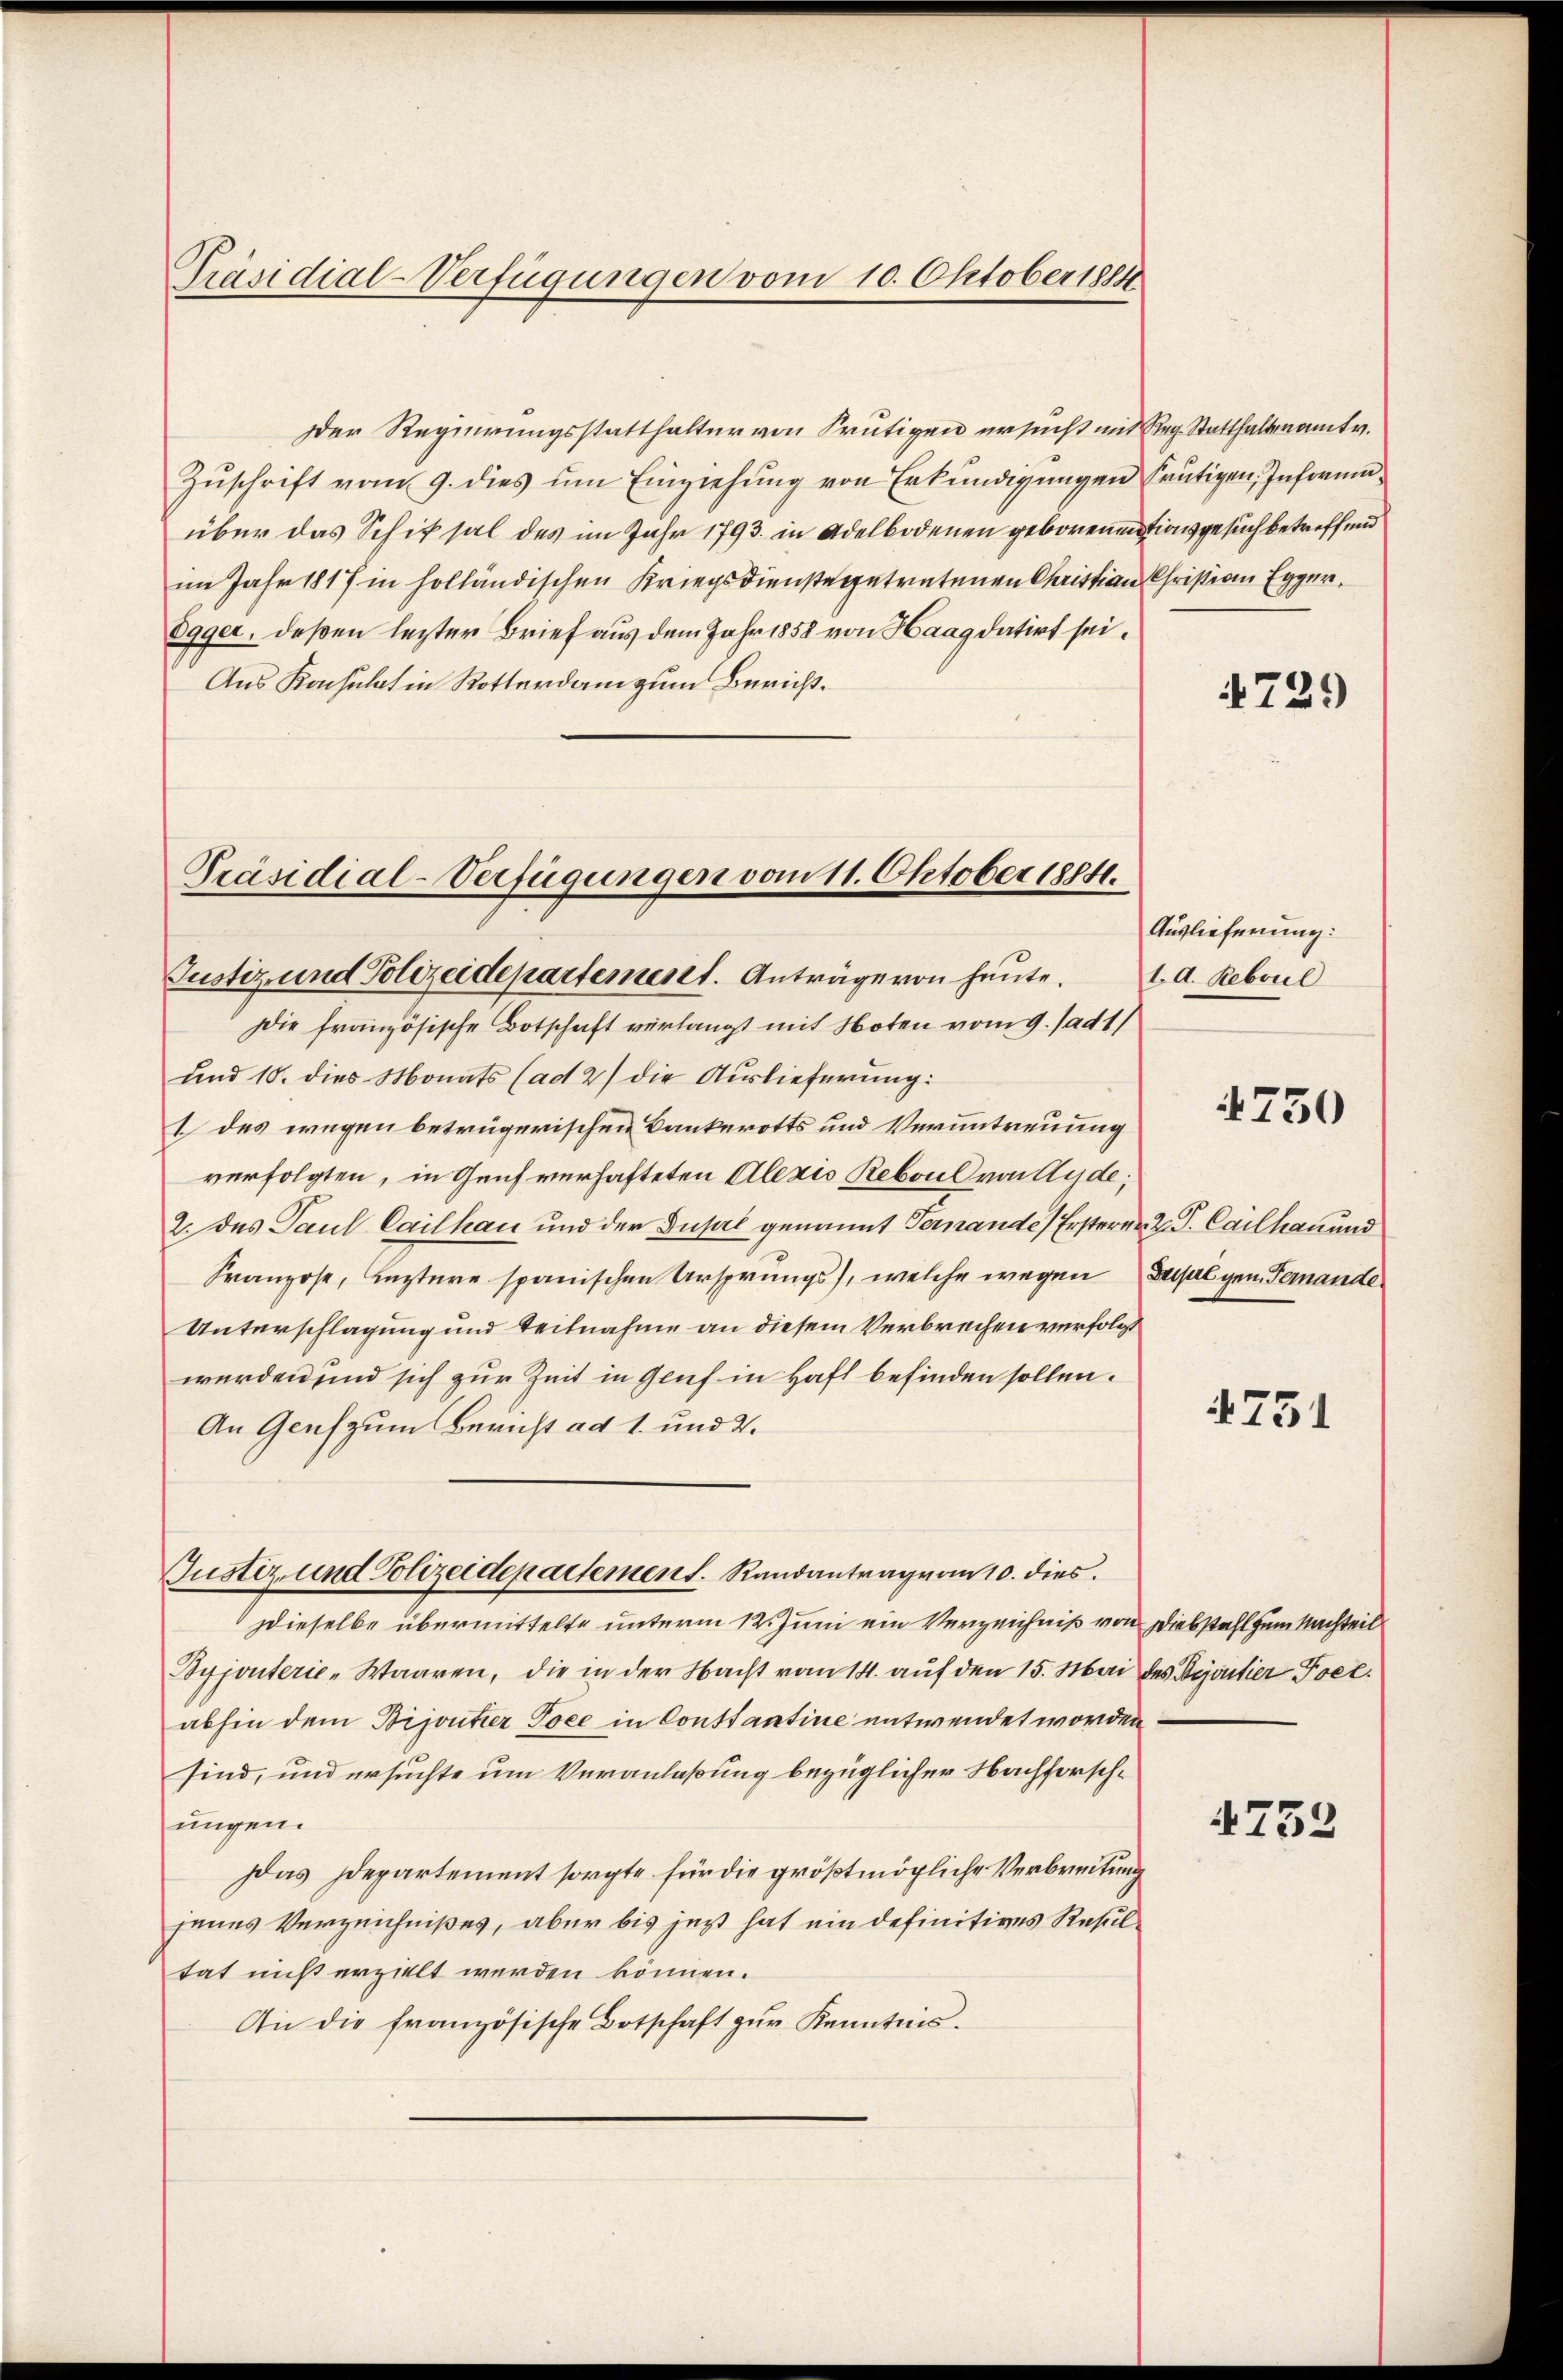
Präsidial-Verfügungen vom 10. Oktober 1884

Der Regierungsstatthalter von Frutigen ersucht und Reg. Statthalteramt v.
Zuschrift vom 9. dies um Einziehung von Erkundigungen heutigen, Informaüber das Schiksal des im Jahr 1793. in Adelbodenen geborenmationsgesuch betreffend
im Jahr 1817 in holländischen Kriegsdienste getretenen Christian Christian Egger.
Egger, deßen lezter Brief aus dem Jahr 1858 von Haag datirt sei¬
Aus Konsulat in Rotterdam zum Bericht¬

Präsidial-Verfügungen vom 11. Oktober 1884.

Justiz und Polizeidepartement. Randantrag von 10. dies

Justiz- und Polizeidepartement. Anträge von heute.
Die französische Botschaft verlangt mit Noten vom 9. ad 1
und 10. dies Monats (ad 2) die Auslieferung:
1 des wegen betrügerischen Bankerotts und Veruntreuung
verfolgten, in Genf verhafteten Alexis Reboul von Ande;
2. des Paul Cailhau und der Dusal genannt Fernande) Ersterer Z. V. Cailhau und
Franzose, Leztere spanischen Ursprungs, welche wegen Basel gen Fernande
Unterschlagung und Teilnahme an diesem Verbrechen verfolgt
werden und sich zur Zeit in Genf in Haft befinden sollen.
An Genf zum Bericht ad 1. und 2.
Dieselbe übermittelte unterm 12. Juni ein Verzeichniß von Diebstahl zum Nachteil
Byjouterie-Waaren, die in der Nacht vom 14. auf den 15. Mai des Bijoutier Poet.
abhin dem Bijoutier Toce in Constantine entwendet worden
sind, und ersuchte um Veranlaßung bezüglicher Nachforschungen.
Das Departement sorgte für die größtmögliche Verbreitung
jenes Verzeichnißes, aber bis jezt hat ein definitives Resultat nicht erzielt werden können.
An die französische Botschaft zŭr Kenntnis.

4729

Auslieferung:
1. A. Reboul

1750

4751

4732